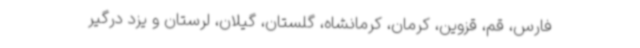
فارس، قم، قزوین، کرمان، کرمانشاه، گلستان، گیلان، لرستان و یزد درگیر